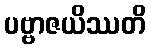
ပဗ္ဗာဇယိဿတိ